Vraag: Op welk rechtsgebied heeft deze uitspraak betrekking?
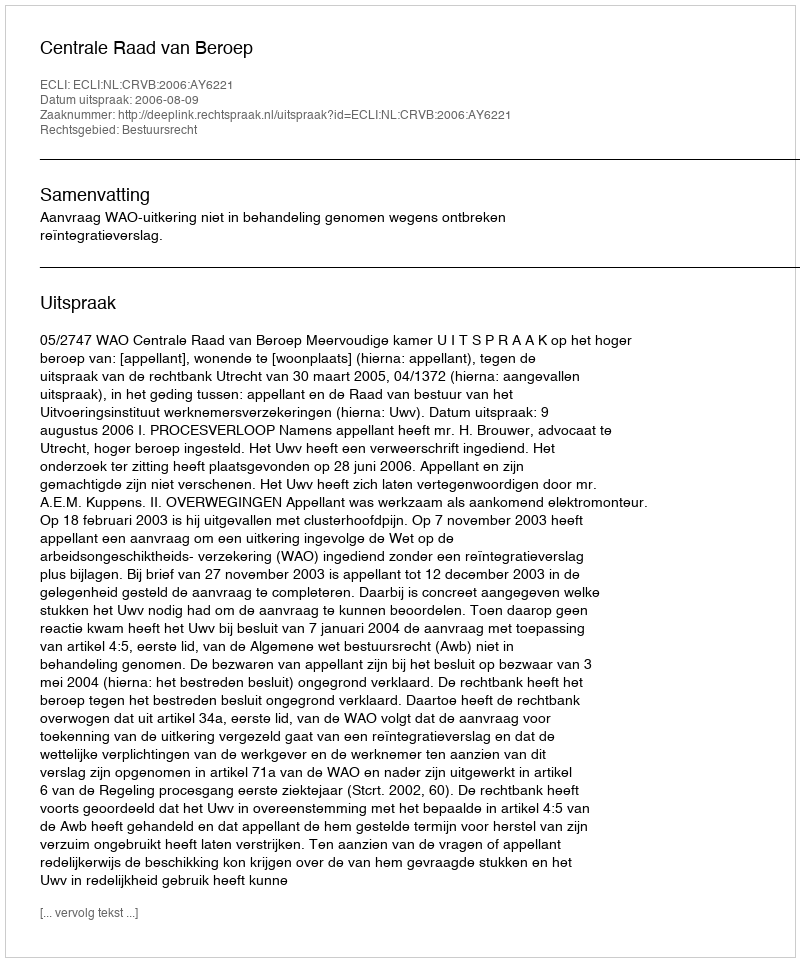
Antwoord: Bestuursrecht